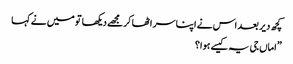
کچھ دیر بعد اس نے اپنا سر اٹھا کرمجھے دیکھا تو میں نے کہا
”اماں جی یہ کیسے ہوا؟